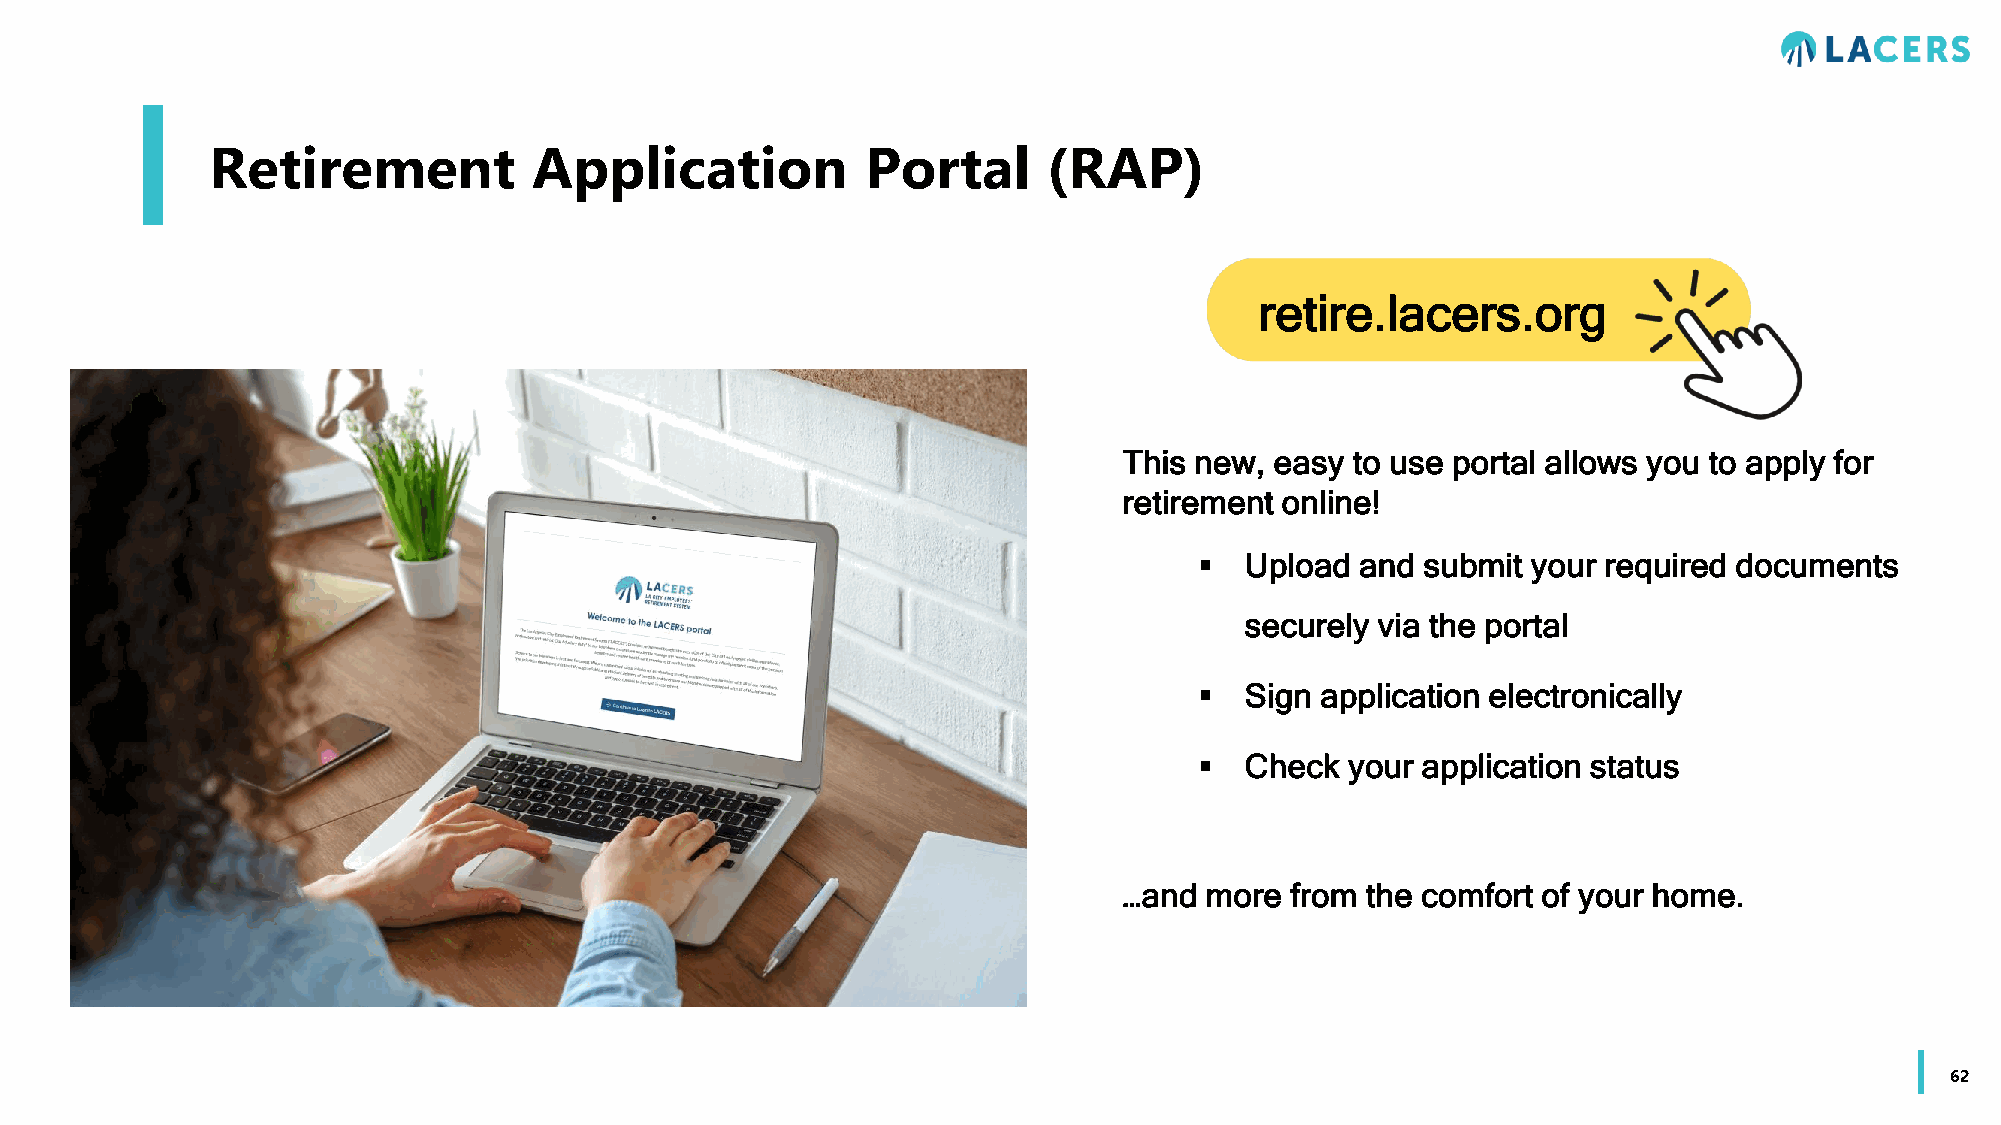
Retirement           Application           Portal      (RAP)
 retire.lacers.org
 This new, easy  to use portal allows you to apply for
 retirement online!
   Upload  and submit your required documents
 securely via the portal
   Sign application electronically
   Check  your application status
 …and  more from the comfort of your home.
 62